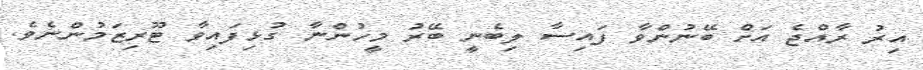
އިރު ރާއްޖެ އަށް ބޭނުންވާ ފައިސާ ލިބެނީ ބޭރު މީހުންނާ ގުޅިފައިވާ ޓޫރިޒަމުންނެވެ.